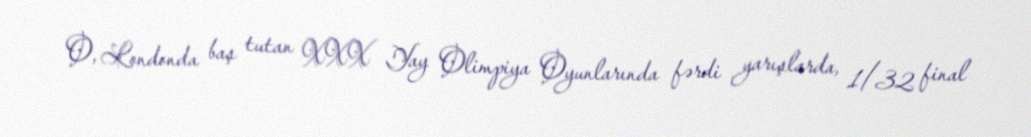
O, Londonda baş tutan XXX Yay Olimpiya Oyunlarında fərdi yarışlarda, 1/32 final